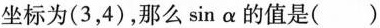
坐标为(3，4)，那么\sin \alpha 的值是()